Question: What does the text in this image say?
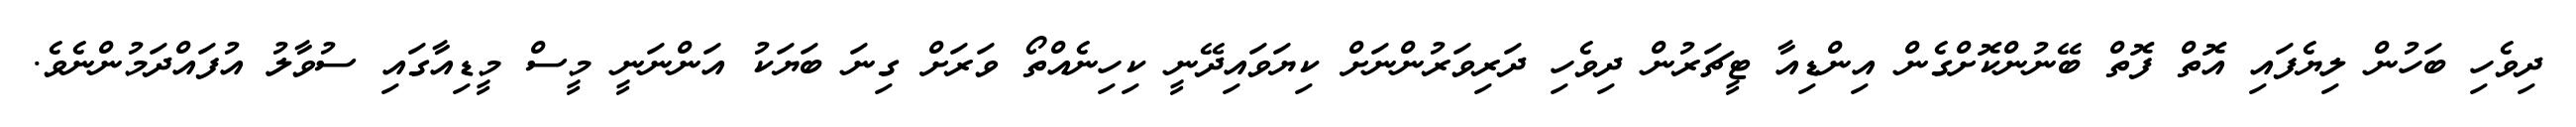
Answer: ދިވެހި ބަހުން ލިޔެފައި އޮތް ފޮތް ބޭނުންކޮށްގެން އިންޑިއާ ޓީޗަރުން ދިވެހި ދަރިވަރުންނަށް ކިޔަވައިދޭނީ ކިހިނެއްތޯ ވަރަށް ގިނަ ބަޔަކު އަންނަނީ މީސް މީޑިއާގައި ސުވާލު އުފައްދަމުންނެވެ.